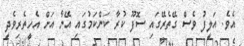
އެވެ. އަލީފު ވެސް ގޭތެރޭގައި ސޮފޫ ކުރާ ކަންކަމުގައި އޭނާ އަށް އެހީތެރިވެދީ